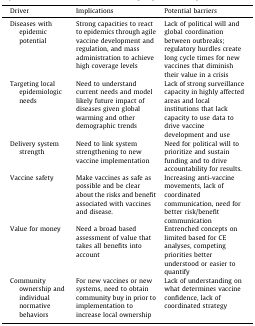
<table><thead><tr><td><b>Driver</b></td><td><b>Implications</b></td><td><b>Potential barriers</b></td></tr></thead><tbody><tr><td>Diseases with epidemic potential</td><td>Strong capacities to react to epidemics through agile vaccine development and regulation, and mass administration to achieve high coverage levels</td><td>Lack of political will and global coordination between outbreaks; regulatory hurdles create long cycle times for new vaccines that diminish their value in a crisis</td></tr><tr><td>Targeting local epidemiologic needs</td><td>Need to understand current needs and model likely future impact of diseases given global warming and other demographic trends</td><td>Lack of strong surveillance capacity in highly affected areas and local institutions that lack capacity to use data to drive vaccine development and use</td></tr><tr><td>Delivery system strength</td><td>Need to link system strengthening to new vaccine implementation</td><td>Need for political will to prioritize and sustain funding and to drive accountability for results.</td></tr><tr><td>Vaccine safety</td><td>Make vaccines as safe as possible and be clear about the risks and benefit associated with vaccines and disease.</td><td>Increasing anti-vaccine movements, lack of coordinated communication, need for better risk/benefit communication</td></tr><tr><td>Value for money</td><td>Need a broad based assessment of value that takes all benefits into account</td><td>Entrenched concepts on limited based for CE analyses, competing priorities better understood or easier to quantify</td></tr><tr><td>Community ownership and individual normative behaviors</td><td>For new vaccines or new systems, need to obtain community buy in prior to implementation to increase local ownership</td><td>Lack of understanding on what determines vaccine confidence, lack of coordinated strategy</td></tr></tbody></table>